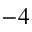
^ { - 4 }